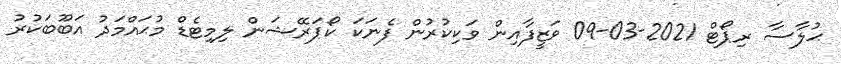
ޙުލާސާ ރިޕޯޓް 2021-03-09 ވަޒީފާއިން ވަކިކުރުން ފެނަކަ ކޯޕަރޭޝަން ލިމިޓެޑް މުޙައްމަދު އަބޫބަކުރު